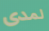
لمدى